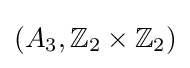
(A_{3},\mathbb {Z} _{2}\times \mathbb {Z} _{2})